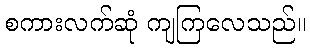
စကားလက်ဆုံ ကျကြလေသည်။